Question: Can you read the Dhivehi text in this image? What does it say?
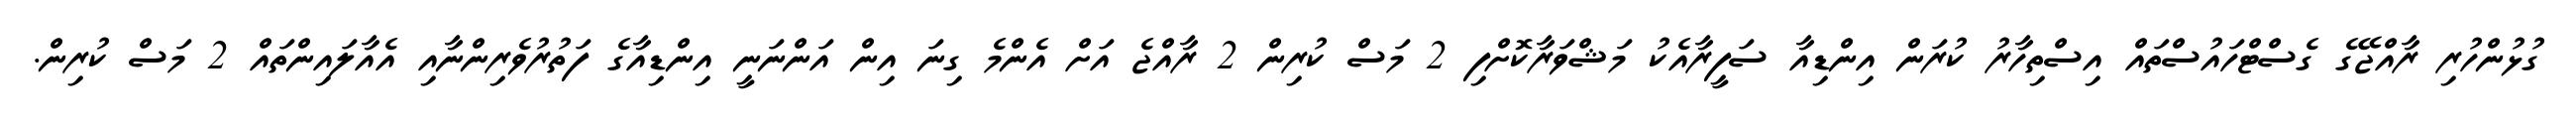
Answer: ގުޅުންހުރި ރާއްޖޭގެ ގެސްޓްހައުސްތައް އިސްތިހާރު ކުރަން އިންޑިއާ ސަފީރާއެކު މަޝްވަރާކޮށްފި 2 މަސް ކުރިން 2 ރާއްޖެ އަށް އެންމެ ގިނަ އިން އަންނަނީ އިންޑިއާގެ ފަތުރުވެރިންނާއި އެއާލައިންތައް 2 މަސް ކުރިން.